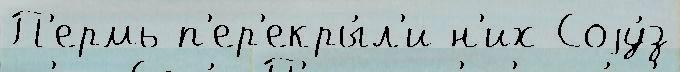
П'ермь п'ер'екры́л'и н'их Соjу́з